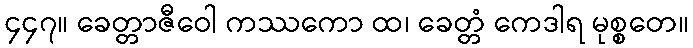
၄၄၇။ ခေတ္တာဇီဝေါ ကဿကော ထ၊ ခေတ္တံ ကေဒါရ မုစ္စတေ။